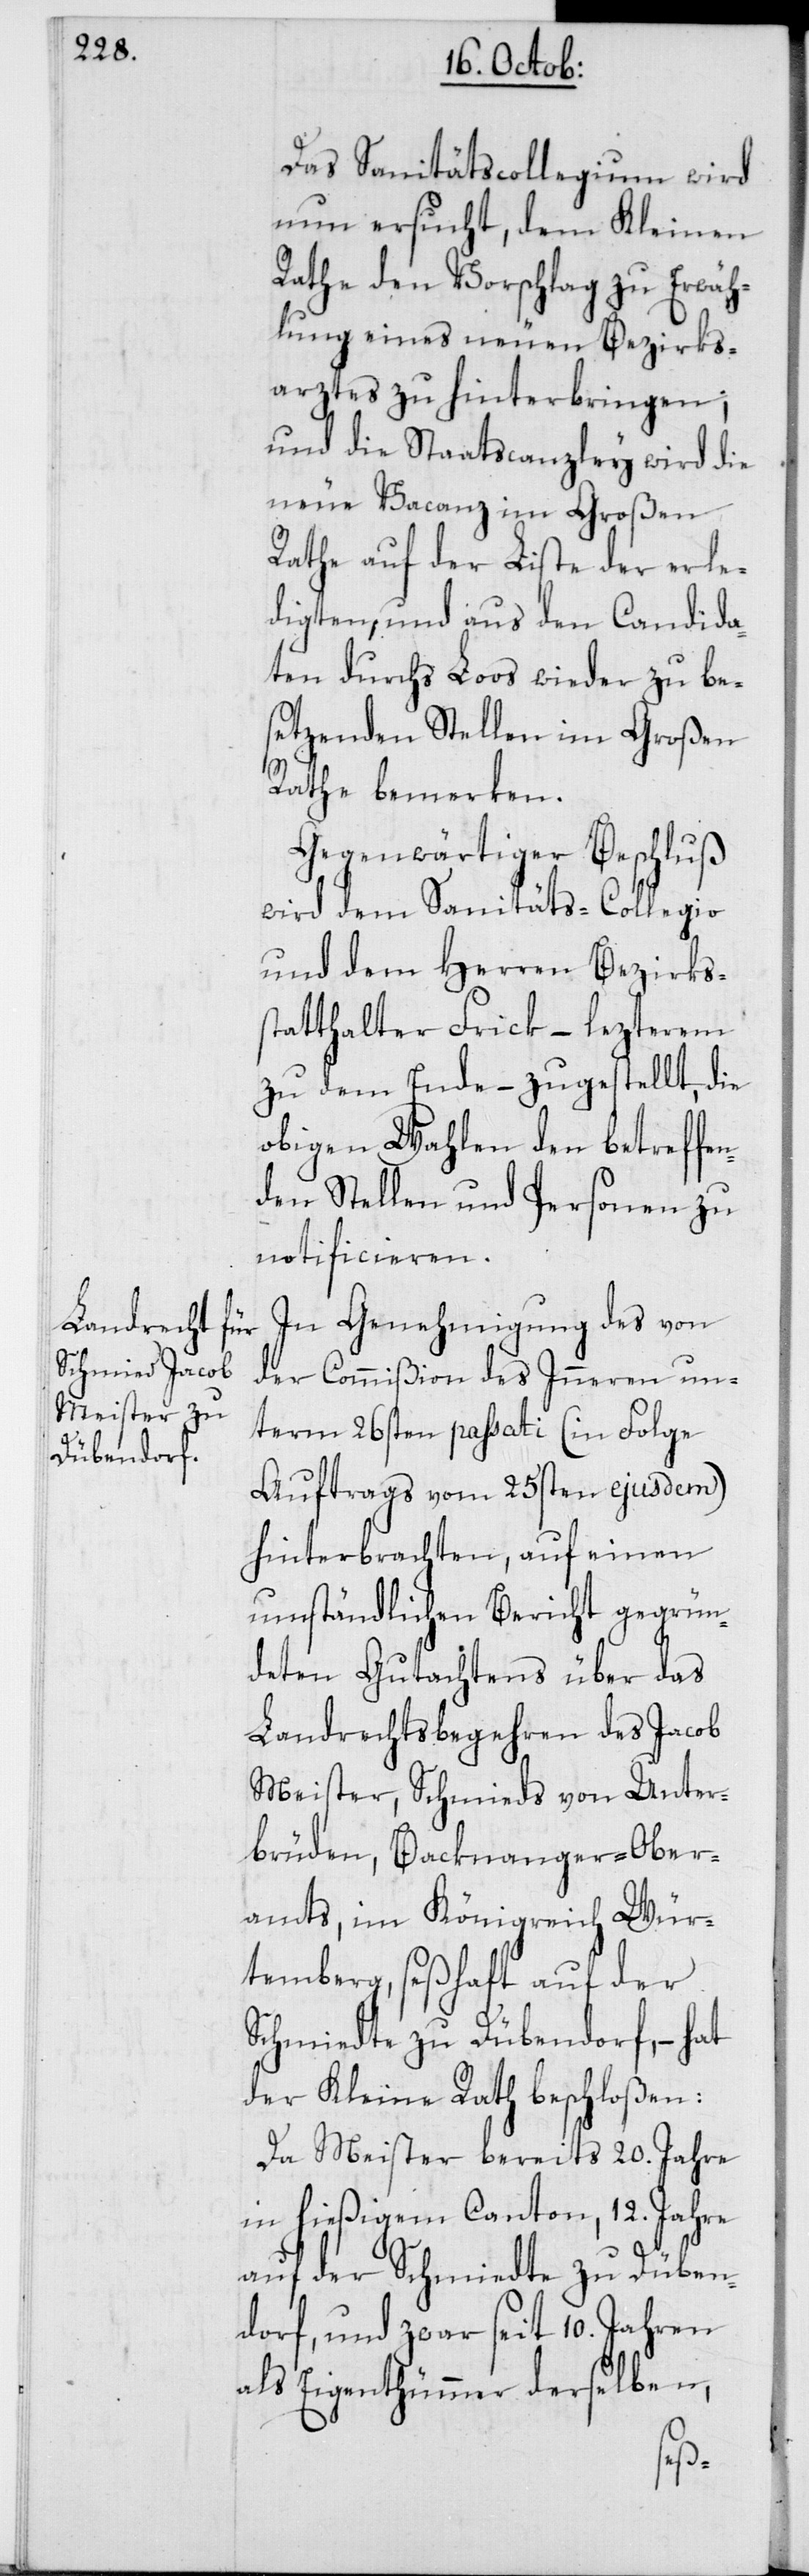
Das Sanitätscollegium wird
nun ersucht, dem Kleinen
Rathe den Vorschlag zu Erwäh¬
lung eines neuen Bezirks¬
arztes zu hinterbringen;
und die Staatscanzley wird die
neue Vacanz im Großen
Rathe auf der Liste der erle¬
digten, und aus den Candida¬
ten durchs Loos wieder zu bes¬
etzenden Stellen im Großen
Rathe bemerken.
Gegenwärtiger Beschluß
wird dem Sanitäts-Collegio
und dem Herren Bezirks¬
statthalter Frick, – letzterem
zu dem Ende – zugestellt, die
obigen Wahlen den betreffe¬
nden Stellen und Personen zu
notificieren.
In Genehmigung des von
der Commißion des Inneren un¬
term 26sten passati (in Folge
Auftrags vom 25sten ejusdem)
hinterbrachten, auf einen
umständlichen Bericht gegrün¬
deten Gutachtens über das
Landrechtsbegehren des Jacob
Meister, Schmieds von Unter¬
brüden, Backnanger-Ober¬
amts im Königreich Wür¬
temberg, seßhaft auf der
Schmiedte zu Dübendorf, – hat
der Kleine Rath beschloßen:
Da Meister bereits 20. Jahre
in hießigem Canton, 12. Jahre
auf der Schmiedte zu Düben¬
dorf, und zwar seit 10. Jahren
als Eigenthümmer derselben,